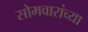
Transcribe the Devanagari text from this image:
सोमवारांच्या